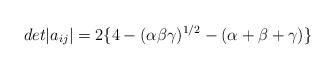
LaTeX: \begin{align*}det|a_{ij}| = 2\{4 - (\alpha \beta \gamma)^{1/2} - (\alpha + \beta + \gamma)\}\end{align*}